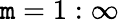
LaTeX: \mathtt{m}=1:\infty